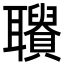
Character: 𦘋